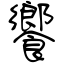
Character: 饗